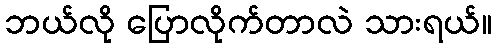
ဘယ်လို ပြောလိုက်တာလဲ သားရယ်။